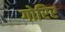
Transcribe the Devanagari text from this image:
गोरिर